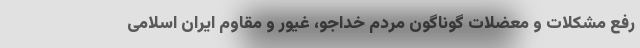
رفع مشکلات و معضلات گوناگون مردم خداجو، غیور و مقاوم ایران اسلامی